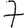
Digit: 7